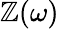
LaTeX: \mathbb{Z}(\omega)